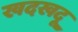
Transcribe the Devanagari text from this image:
खदखदू